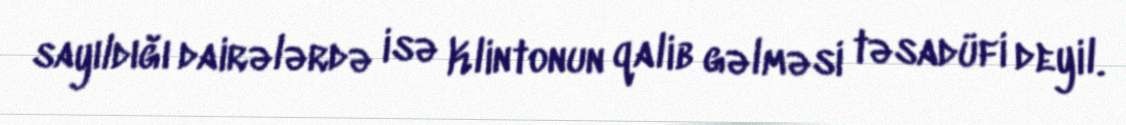
sayıldığı dairələrdə isə Klintonun qalib gəlməsi təsadüfi deyil.